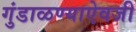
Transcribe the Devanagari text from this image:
गुंडाळण्याऐवजी